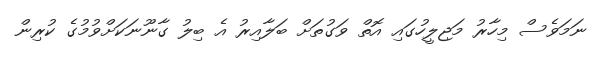
ނަމަވެސް މިހާރު މަޖިލީހުގައި އޮތް ވަގުތަށް ބަލާއިރު އެ ބިލު ގާނޫނަކަށްވުމުގެ ކުރިން